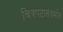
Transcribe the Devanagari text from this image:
चित्रपटासंदर्भात